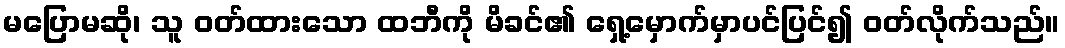
မပြောမဆို၊ သူ ဝတ်ထားသော ထဘီကို မိခင်၏ ရှေ့မှောက်မှာပင်ပြင်၍ ဝတ်လိုက်သည်။